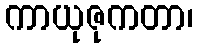
ကာယုဇုကတာ၊